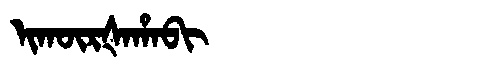
Manchu: ᡳᡴᡡᡵᡧᠠᡥᠠᠪᡳ
Romanization: IKŪRŠAHABI